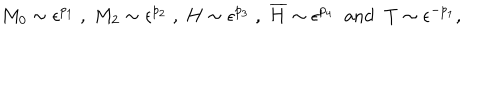
M _ { 0 } \sim \epsilon ^ { p _ { 1 } } \; , \; M _ { 2 } \sim \epsilon ^ { p _ { 2 } } \; , \; H \sim \epsilon ^ { p _ { 3 } } \; , \; \overline { { { H } } } \sim \epsilon ^ { p _ { 4 } } \; \; \mathrm { a n d } \; \; T \sim \epsilon ^ { - p _ { 1 } } ,